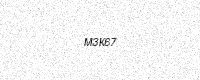
Text: M3K67